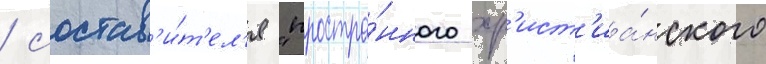
/ состав'и́т'ел'я "простра́нного хр'ист'иа́нского